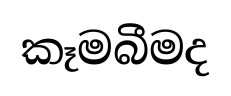
කෑමබීමද